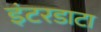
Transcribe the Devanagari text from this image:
इंटरडाटा